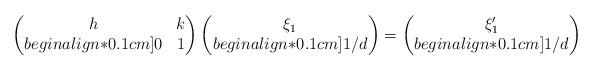
LaTeX: \begin{align*}\left(\begin{matrix}h &k \\begin{align*}0.1cm]0&1 \end{matrix} \right)\left(\begin{matrix}\xi_1 \\begin{align*}0.1cm]1/d \end{matrix} \right) = \left(\begin{matrix}\xi'_1 \\begin{align*}0.1cm]1/d \end{matrix} \right)\end{align*}